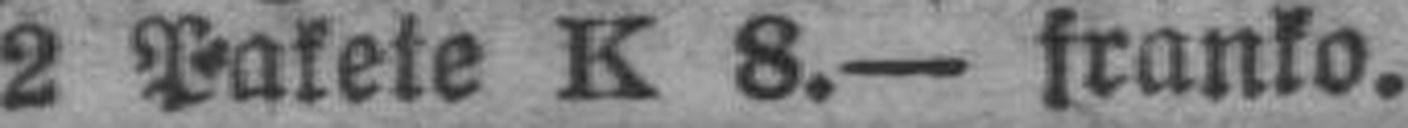
2 Pakete K 8.— franko.